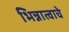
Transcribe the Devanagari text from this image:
भिन्नात्वाचे